Annual returns of the Patna Lunatic Asylum at Bankipore in Bihar and Orissa - 1912-1924
Year: 1912
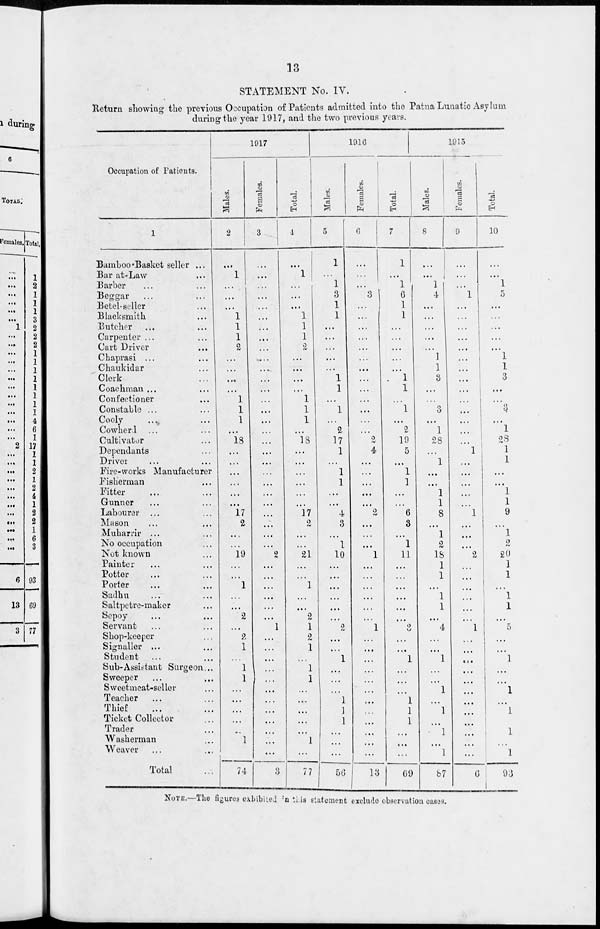
13
STATEMENT No. IV.
Return showing the previous Occupation of Patients admitted into the Patna Lunatic Asylum
during the year 1917, and the two previous years.
Occupation of Patients.
1
Bamboo-Basket seller ...
Bar at-Law ...
Barber ... ...
Beggar
...
...
Betel-seller ...
Blacksmith ...
Butcher ... ...
Carpenter ... ...
Cart Driver ...
Chaprasi ...
...
Chaukidar ...
Clerk ...
Coachman ... ...
Confectioner ...
Constable ... ...
Cooly ... ...
Cowherl ... ...
Cultivator ...
Dependants ...
Driver ... ...
Fire-works Manufacturer
Fisherman ...
Fitter ... ...
Gunner ... ...
Labourer ... ...
Mason ... ...
Muharrir ... ...
No occupation ...
Not known ...
Painter ... ...
Potter ... ...
Porter ... ...
Sadhu ... ...
Saltpetre-maker ...
Sepoy ... ...
Servant ... ...
Shop-keeper ...
Signaller ... ...
Student ... ...
Sub-Assistant Surgeon ...
Sweeper ... ...
Sweetmeat-seller ...
Teacher ... ...
Thief ... ...
Ticket Collector ...
Trader ...
Washerman ...
Weaver ... ...
Total ...
1917
Males.
2
...
1
...
...
...
1
1
1
2
...
...
...
...
1
1
1
...
18
...
...
...
...
...
...
17
2
...
...
19
...
...
1
...
...
2
...
2
1
...
1
1
...
...
...
...
...
1
...
74
Females.
3
...
...
...
...
...
...
...
...
...
...
...
...
...
...
...
...
...
...
...
...
...
...
...
...
...
...
...
...
2
...
...
...
...
...
...
1
...
...
...
...
...
...
...
...
...
...
...
...
3
Total.
4
...
1
...
...
...
1
1
1
2
...
...
...
...
1
1
1
...
18
...
...
...
...
...
...
17
2
...
...
21
...
...
1
...
...
2
1
2
1
...
1
1
...
...
...
...
...
1
...
77
1916
Males.
5
1
...
1
3
1
1
...
...
...
...
...
1
1
...
1
...
2
17
1
...
1
1
...
...
4
3
...
...
10
...
...
...
...
...
...
2
...
...
1
...
...
...
1
1
1
...
...
...
56
Females.
6
...
...
...
3
...
...
...
...
...
...
...
...
...
...
...
...
...
2
4
...
...
...
...
...
2
...
...
...
1
...
...
...
...
...
...
1
...
...
...
...
...
...
...
...
...
...
...
...
13
Total.
7
1
...
1
6
1
1
...
...
...
...
...
1
1
...
1
...
2
19
5
...
1
1
...
...
6
3
...
1
11
...
...
...
...
...
...
3
...
...
1
...
...
...
1
1
1
...
...
...
69
1915
Males.
8
...
...
1
4
...
...
...
...
...
1
1
3
...
...
3
...
1
28
...
1
...
...
1
1
8
...
1
2
18
1
1
...
1
1
...
4
...
...
...
...
...
1
...
1
...
1
...
1
87
Females.
9
...
...
...
1
...
...
...
...
...
...
...
...
...
...
...
...
...
...
1
...
...
...
...
...
1
...
...
...
2
...
...
...
...
...
...
1
...
...
...
...
...
...
...
...
...
...
...
...
6
Total.
10
...
...
1
5
...
...
...
...
...
1
1
3
...
...
3
...
1
28
1
1
...
...
1
1
9
...
1
2
20
1
1
...
1
1
...
5
...
...
1
...
...
1
...
1
...
1
...
1
93
NOTE.—The figures exhibited in this statement exclude observation cases.